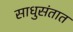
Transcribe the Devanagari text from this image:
साधुसंतात